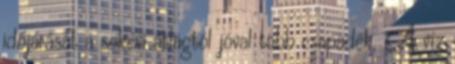
időjárását a sokévi átlagtól jóval több csapadék, A víz